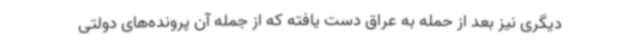
دیگری نیز بعد از حمله به عراق دست یافته که از جمله آن پرونده‌های دولتی